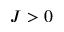
J > 0